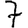
Digit: 7